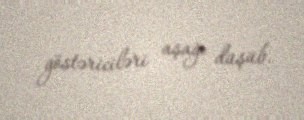
göstəriciləri aşağı düşüb.